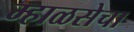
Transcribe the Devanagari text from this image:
म्हाळसेचा